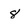
Character: 8